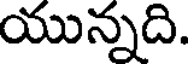
యున్నది.